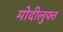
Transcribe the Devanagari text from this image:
मोदीलुफ्त